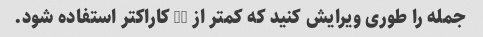
جمله را طوری ویرایش کنید که کمتر از 70 کاراکتر استفاده شود.